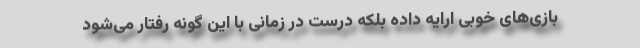
بازی‌های خوبی ارایه داده بلکه درست در زمانی با این گونه رفتار می‌شود